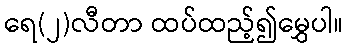
ရေ(၂)လီတာ ထပ်ထည့်၍မွှေပါ။